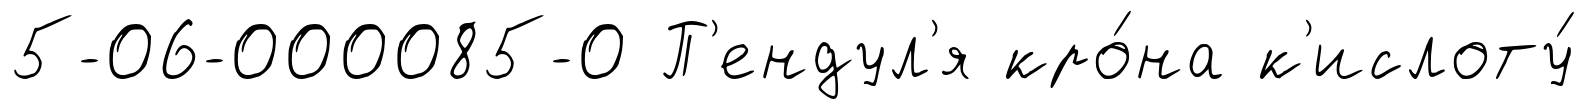
5-06-000085-0 П'ендул'я кро́на к'ислоту́